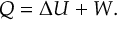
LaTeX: Q = \Delta U + W .